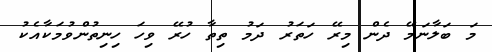
މަ ބަލާނަމޭ ދެން މިރޭ ހަތަރު ދަމު ތިތާ ހުރޭ ވިހަ ހިނިތުންވުމަކާއެކު